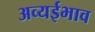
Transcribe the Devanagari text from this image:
अव्यईभाव